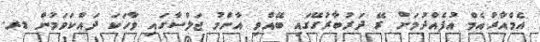
އެމްއާރުއެމް އުފެއްދުމަށް ރޭ ދަރުބާރުގޭގައި ބޭއްވި އާންމު ޖަލްސާގައި ވާހަކަ ދައްކަވަމުން ޑރ.